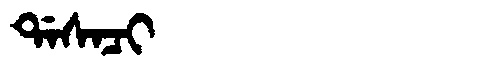
Manchu: ᡩᠠᠰᠠᠴᡳ
Romanization: DASACI